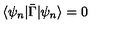
\langle \psi _ { n } | \bar { \Gamma } | \psi _ { n } \rangle = 0